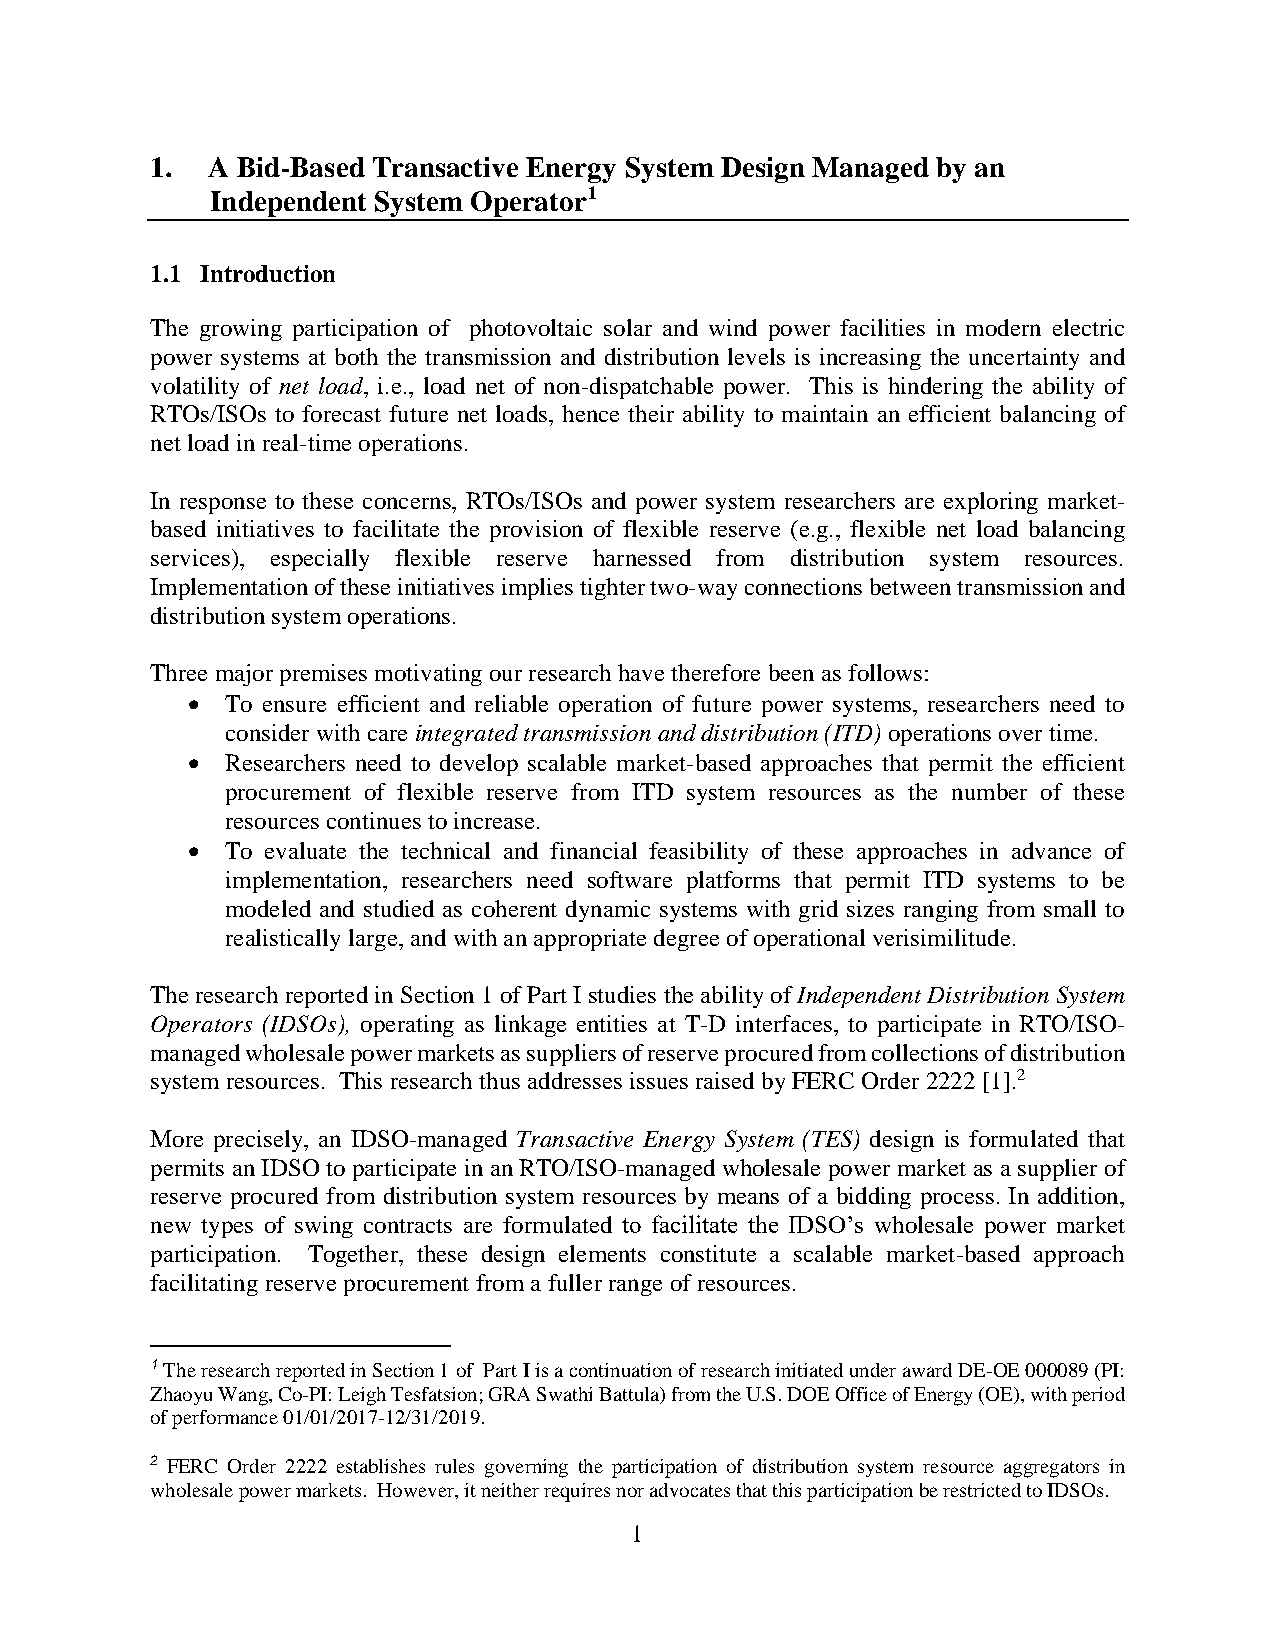
1.  A Bid-Based Transactive Energy System Design Managed by an
 Independent System Operator1
 1.1 Introduction
 The growing participation of photovoltaic solar and wind power facilities in modern electric
 power systems at both the transmission and distribution levels is increasing the uncertainty and
 volatility of net load, i.e., load net of non-dispatchable power. This is hindering the ability of
 RTOs/ISOs to forecast future net loads, hence their ability to maintain an efficient balancing of
 net load in real-time operations.
 In response to these concerns, RTOs/ISOs and power system researchers are exploring market-
 based initiatives to facilitate the provision of flexible reserve (e.g., flexible net load balancing
 services), especially flexible reserve harnessed from distribution system resources.
 Implementation of these initiatives implies tighter two-way connections between transmission and
 distribution system operations.
 Three major premises motivating our research have therefore been as follows:
 •  To ensure efficient and reliable operation of future power systems, researchers need to
 consider with care integrated transmission and distribution (ITD) operations over time.
 •  Researchers need to develop scalable market-based approaches that permit the efficient
 procurement of flexible reserve from ITD system resources as the number of these
 resources continues to increase.
 •  To evaluate the technical and financial feasibility of these approaches in advance of
 implementation, researchers need software platforms that permit ITD systems to be
 modeled and studied as coherent dynamic systems with grid sizes ranging from small to
 realistically large, and with an appropriate degree of operational verisimilitude.
 The research reported in Section 1 of Part I studies the ability of Independent Distribution System
 Operators (IDSOs), operating as linkage entities at T-D interfaces, to participate in RTO/ISO-
 managed wholesale power markets as suppliers of reserve procured from collections of distribution
 system resources. This research thus addresses issues raised by FERC Order 2222 [1].2
 More precisely, an IDSO-managed Transactive Energy System (TES) design is formulated that
 permits an IDSO to participate in an RTO/ISO-managed wholesale power market as a supplier of
 reserve procured from distribution system resources by means of a bidding process. In addition,
 new types of swing contracts are formulated to facilitate the IDSO’s wholesale power market
 participation. Together, these design elements constitute a scalable market-based approach
 facilitating reserve procurement from a fuller range of resources.
 1 The research reported in Section 1 of Part I is a continuation of research initiated under award DE-OE 000089 (PI:
 Zhaoyu Wang, Co-PI: Leigh Tesfatsion; GRA Swathi Battula) from the U.S. DOE Office of Energy (OE), with period
 of performance 01/01/2017-12/31/2019.
 2 FERC Order 2222 establishes rules governing the participation of distribution system resource aggregators in
 wholesale power markets. However, it neither requires nor advocates that this participation be restricted to IDSOs.
 1